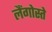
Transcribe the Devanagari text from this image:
लैंगोस्ते